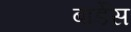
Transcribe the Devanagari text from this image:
बार्डेस